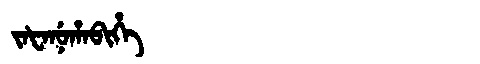
Manchu: ᠵᠠᡶᠠᠨᡠᡥᠠᠪᡳᡥᡝ
Romanization: JAFANUHABIHE